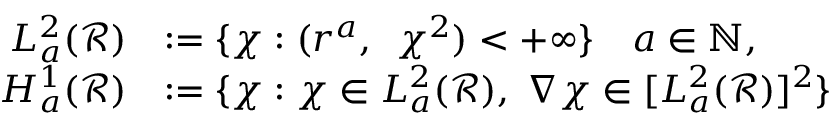
\begin{array} { r l } { L _ { a } ^ { 2 } ( \mathscr { R } ) } & { : = \{ \chi : ( r ^ { a } , ~ \, \chi ^ { 2 } ) < + \infty \} \quad a \in { \mathbb N } , } \\ { H _ { a } ^ { 1 } ( \mathscr { R } ) } & { : = \{ \chi : \chi \in L _ { a } ^ { 2 } ( \mathscr { R } ) , \; \nabla \chi \in [ L _ { a } ^ { 2 } ( \mathscr { R } ) ] ^ { 2 } \} } \end{array}